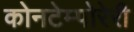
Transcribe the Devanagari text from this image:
कोनटेम्पोरेरी